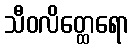
သီဝလိတ္ထေရော